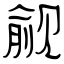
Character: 觎